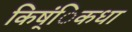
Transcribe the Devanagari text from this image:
किष्ंिकधा